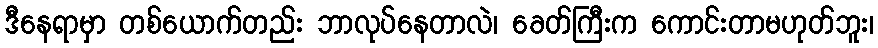
ဒီနေရာမှာ တစ်ယောက်တည်း ဘာလုပ်နေတာလဲ၊ ခေတ်ကြီးက ကောင်းတာမဟုတ်ဘူး၊